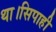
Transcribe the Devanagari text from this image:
था।सिपाही